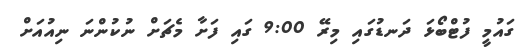
ގައުމީ ފުޓްބޯޅަ ދަނޑުގައި މިރޭ 9:00 ގައި ފަށާ މެޗަށް ނުކުންނަ ނިއުއަށް